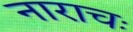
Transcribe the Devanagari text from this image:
नाराचः